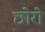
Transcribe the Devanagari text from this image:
छोरो